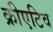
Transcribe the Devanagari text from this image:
क्रीएटिव